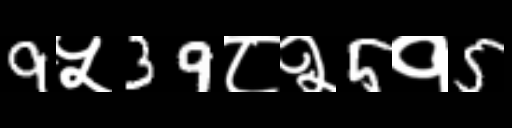
Text: 9५39८२5१5